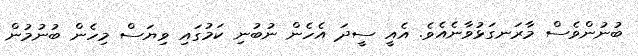
ބުނުންވެސް މާރަނގަޅުވާނެއެވެ. އެއީ ސީދަ އެހެން ނުބުނި ކަމުގައި ވިޔަސް މިހެން ބުނުމުން